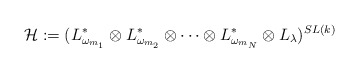
\begin{align*}\mathcal H:=(L^\ast_{\omega_{m_1}}\otimes L^\ast_{\omega_{m_2}}\otimes\cdots\otimes L^\ast_{\omega_{m_N}}\otimes L_\lambda)^{SL(k)}\end{align*}